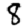
Digit: 8